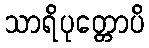
သာရိပုတ္တောပိ